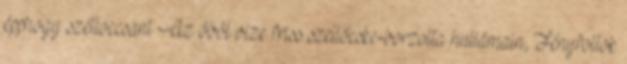
épphogy szétloccsant Az öböl vize friss szellőcske-borzolta hullámain, Fényfoltok